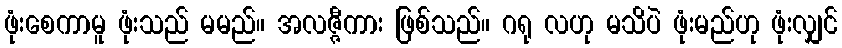
ဖုံးစေကာမူ ဖုံးသည် မမည်။ အလဇ္ဇီကား ဖြစ်သည်။ ဂရု လဟု မသိပဲ ဖုံးမည်ဟု ဖုံးလျှင်